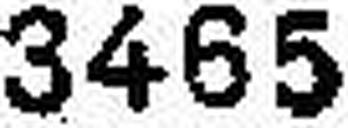
3465